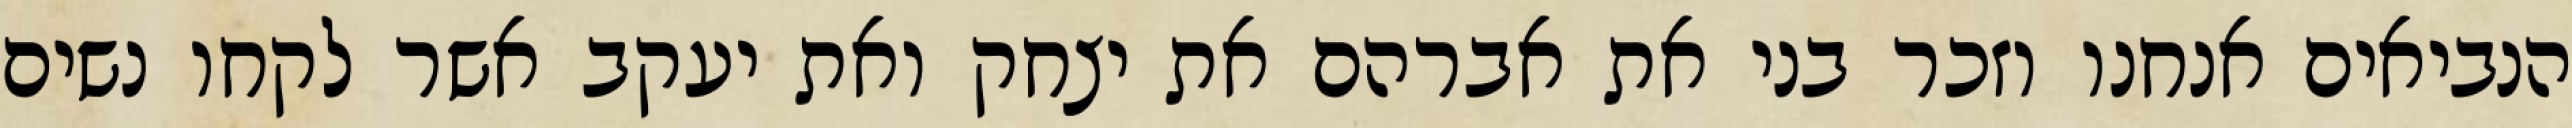
הנביאים אנחנו וזכר בני את אברהם את יצחק ואת יעקב אשר לקחו נשים